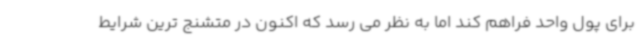
برای پول واحد فراهم کند اما به نظر می رسد که اکنون در متشنج ترین شرایط